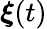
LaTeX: \boldsymbol\xi(t)